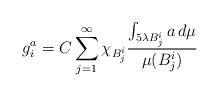
LaTeX: \begin{align*}g_i^a=C\sum_{j=1}^{\infty}\chi_{B_j^i}\frac{\int_{5\lambda B_j^i}a\,d\mu}{\mu(B_j^i)}\end{align*}